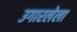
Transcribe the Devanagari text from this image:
उगारलेला